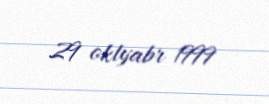
29 oktyabr 1999